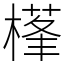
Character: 樥